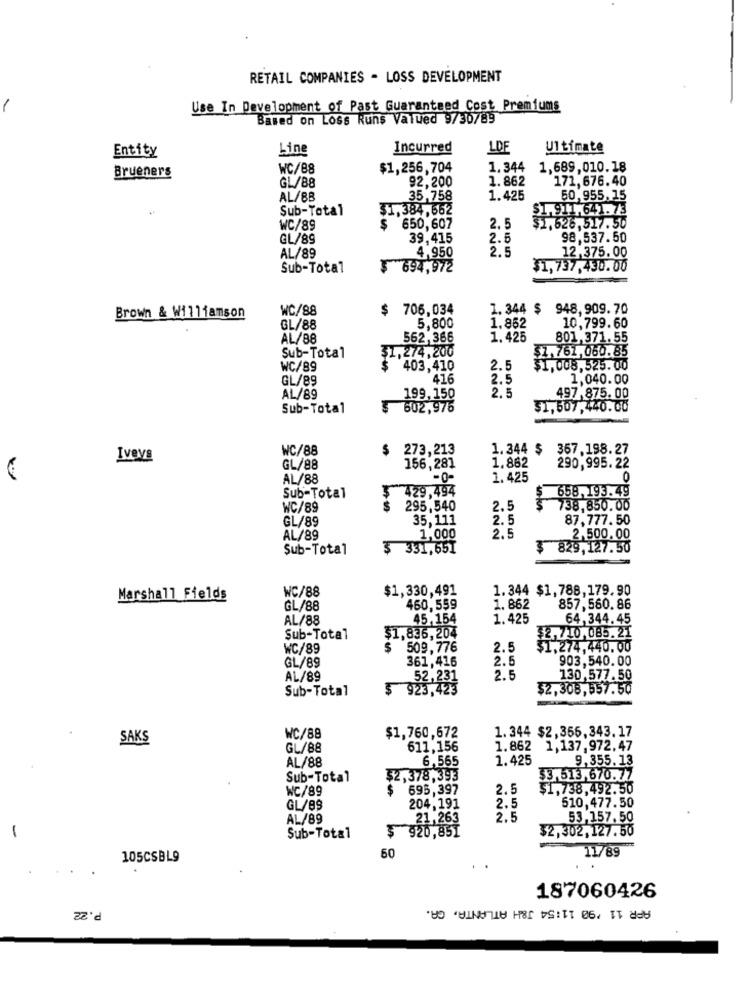
RETAIL COMPANIES - LOSS DEVELOPMENT
1
Use In Development of Past Guaranteed Cost Premiums
Based on Loss Runs Valued 9/30/89
Line
Incurred
LDF
Ultimate
Entity
WC/88
$1,256,704
1.344
1,689,010.18
Brueners
92,200
1.862
171,676.40
GL/88
AL/88
35,758
1.425
50,955.15
Sub-Total
$1,384,662
$1.911,641.73
WC/89
$
650,607
2.5
$1.626,517.50
GL/89
39,415
2.5
98,537.50
4,950
2.5
12,375.00
AL/89
Sub-Total
$ 694,972
$1,737,430.00
WC/88
$
706,034
1.344 $ 948, 909.70
Brown & Williamson
GL/88
5,800
1.862
10,799.60
AL/88
562,366
1. 425
801,371.55
Sub-Total
$1,274,200
$1.761,060.85
WC/89
403,410
2.5
$1,008,525.00
GL/89
416
2.5
1,040.00
2.5
AL/89
199,150
497 875. 00
Sub-Total
602,976
$1,507,440.00
WC/88
$
273,213
1.344 $ 367.198.27
Iveya
1.862
GL/88
156,281
290,995.22
AL/88
-0-
1.425
0
$
429,494
658,193. 49
Sub-Total
WC/89
295,540
2.5
738.850.00
GL/89
35,111
2.5
87,777.50
2.5
AL/89
1,000
2,500.00
Sub-Total
$ 331,651
$ 829,127.50
WC/88
$1,330,491
1.344 $1,788,179.90
Marshall Fields
GL/88
460,559
1.862
857,560. 86
AL/88
45,154
1.425
64,344.45
$1,836,204
Sub-Total
7/10,085.21
WC/89
$
509,776
2.5
$1,274,440.00
GL/89
361,416
2.5
903,540.00
AL/89
52,231
2.5
130,577.50
Sub-Total
$ 923,423
$2,308,557.50
1.344 $2,355.343.17
SAKS
WC/88
$1,760,672
GL/88
611,156
1.862 1,137,972,47
AL/88
1.425
9,355.13
6,565
Sub-Total
$2,378,393
$3,513,670.77
WC/89
$
695,397
2.5
$1,738,492.50
GL/89
204,191
2.5
610,477.50
AL/89
21,263
2.5
53.157,50
$ 920,851
$2,302,127.50
-
Sub-Total
11/89
105CSBL9
60
187060426
APR 11 '90 11:54 J&H ATLANTA, CA.
P.22